Report on vaccination in Madras 1877-1894 - 1877-1894
Year: 1877
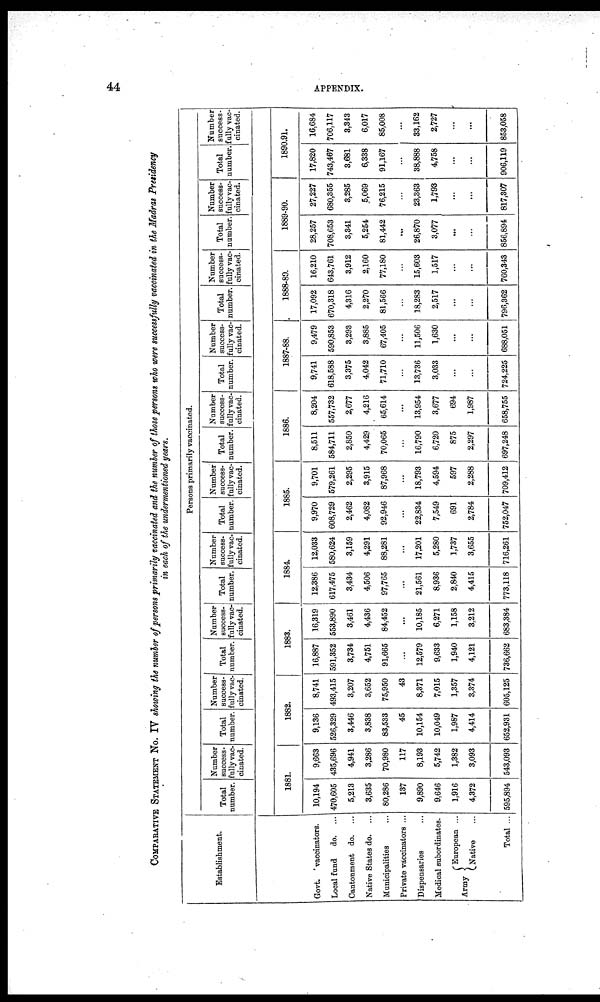
44
APPENDIX.
COMPARATIVE STATEMENT NO. IV showing the number of persons primarily vaccinated and the number of those persons who were successfully vaccinated in the Madras Presidency
in each of the undermentioned years.
Establishment.
Govt.
vaccinators.
Local fund
do. ...
Cantonment do. ...
Native States do. ...
Municipalities ...
Private vaccinators ...
Dispensaries ...
Medical subordinates.
Army
European ...
Native ...
Total ...
Persons primarily vaccinated.
Total
number.
Number
success-
fully vac-
cinated.
1881.
10,194
470,605
5,213
3,635
80,286
137
9,890
9,646
1,916
4,372
595,894
9,663
435,696
4,941
3,286
70,980
117
8,193
5,742
1,382
3,093
543,093
Total
number.
Number
success-
fully vac-
cinated.
1882.
9,136
526,329
3,446
3,838
83,533
45
10,154
10,049
1,987
4,414
652,931
8,741
493,415
3,207
3,652
75,950
43
8,371
7,015
1,357
3,374
605,125
Total
number.
Number
success-
fully vac-
cinated.
1883.
16,887
591,352
3,734
4,751
91,665
...
12,579
9,633
1,940
4,121
736,662
16,319
553,890
3,461
4,436
84,452
...
10,185
6,271
1,158
3,212
683,384
Total
number.
Number
success-
fully vac-
cinated.
1884.
12,386
617,475
3,434
4,506
97,765
...
21,561
8,936
2,840
4,415
773,118
12,033
580,624
3,159
4,291
88,281
...
17,201
5,280
1,737
3,655
716,261
Total
number.
Number
success-
fully vac-
cinated.
1885.
9,970
608,729
2,462
4,082
92,946
...
22,834
7,549
691
2,784
752,047
9,701
579,261
2,295
3,915
87,968
...
18,793
4,594
597
2,288
709,412
Total
number.
Number
success-
fully vac-
cinated.
1886.
8,511
584,711
2,850
4,429
70,065
...
16,790
6,720
875
2,297
697,248
8,204
557,732
2,677
4,216
65,614
...
13,954
3,677
694
1,987
658,755
Total
number.
Number
success-
fully vac-
cinated.
1887-88.
9,741
618,588
3,375
4,042
71,710
...
13,736
3,033
...
...
724,225
9,479
590,853
3,293
3,885
67,405
...
11,506
1,630
...
...
688,051
Total
number.
Number
success-
fully vac-
cinated.
1888-89.
17,092
670,318
4,316
2,270
81,566
...
18,283
2,517
...
...
796,362
16,210
643,761
3,912
2,160
77,180
...
15,603
1,517
...
...
760,343
Total
number.
Number
success-
fully vac-
cinated.
1889-90.
28,257
708,653
3,341
5,254
81,442
...
26,870
3,077
...
...
856,894
27,227
680,355
3,285
5,069
76,215
...
23,363
1,793
...
...
817,307
Total
number.
Number
success-
fully vac-
cinated.
1890.91.
17,820
743,467
3,681
6,338
91,167
...
38,888
4,758
...
...
906,119
16,684
706,117
3,343
6,017
85,008
...
33,162
2,727
...
...
853,058